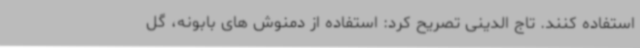
استفاده کنند. تاج الدینی تصریح کرد: استفاده از دمنوش های بابونه، گل